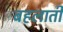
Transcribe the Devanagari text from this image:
बहलाती